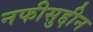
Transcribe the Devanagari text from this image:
नफीसुद्दीन